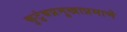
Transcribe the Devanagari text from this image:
कुटुंबप्रमुखाप्रमाणे